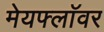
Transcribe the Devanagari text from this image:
मेयफ्लाॅवर